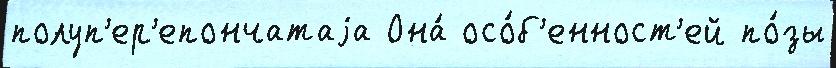
полуп'ер'епончатаjа Она́ осо́б'енност'ей по́зы